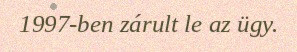
1997-ben zárult le az ügy.